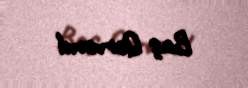
Baş Qərvənd